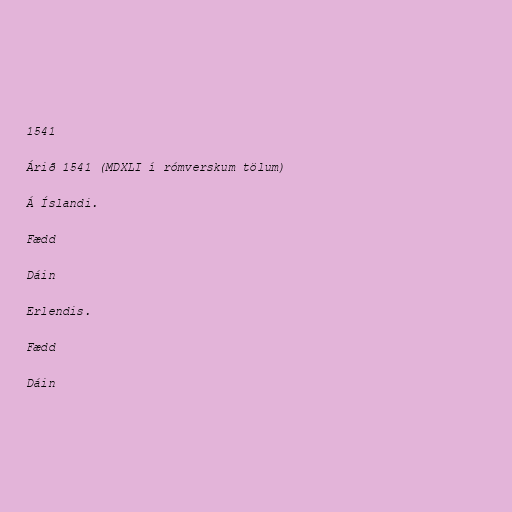
1541

Árið 1541 (MDXLI í rómverskum tölum)

Á Íslandi.

Fædd

Dáin

Erlendis.

Fædd

Dáin